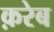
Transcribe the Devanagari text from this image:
क़रेब